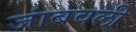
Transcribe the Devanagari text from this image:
जांबवली